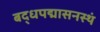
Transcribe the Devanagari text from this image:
बद्धपद्मासनस्थं